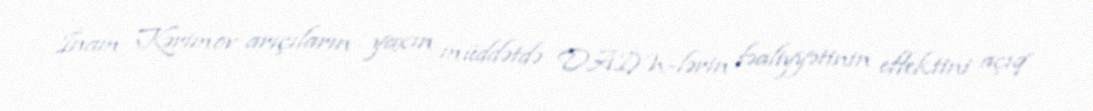
İnam Kərimov arıçıların yaxın müddətdə DAİM-lərin fəaliyyətinin effektini açıq